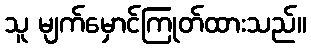
သူ မျက်မှောင်ကြုတ်ထားသည်။